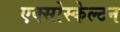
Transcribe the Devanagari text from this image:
एक्सोस्केल्टन